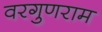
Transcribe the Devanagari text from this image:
वरगुणराम